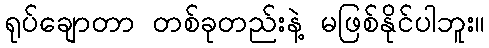
ရုပ်ချောတာ တစ်ခုတည်းနဲ့ မဖြစ်နိုင်ပါဘူး။